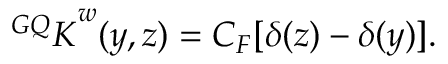
{ ^ { G Q } \cal K } ^ { w } ( y , z ) = C _ { F } [ \delta ( z ) - \delta ( y ) ] .